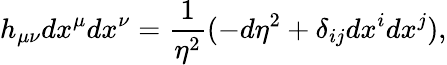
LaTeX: h_{\mu\nu}dx^{\mu}dx^{\nu}=\frac{1}{\eta^{2}}(-d\eta^{2}+\delta_{ij}dx^{i}dx^{j}),